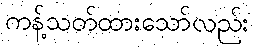
ကန့်သတ်ထားသော်လည်း